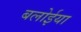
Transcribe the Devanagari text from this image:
बलोईया